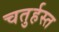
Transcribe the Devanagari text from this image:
चतुर्हस्त